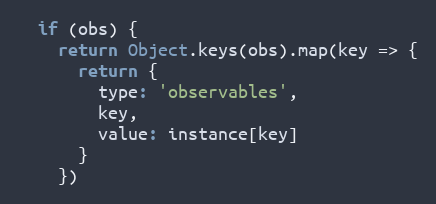
Language: JavaScript
  if (obs) {
    return Object.keys(obs).map(key => {
      return {
        type: 'observables',
        key,
        value: instance[key]
      }
    })